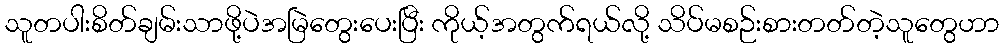
သူတပါးစိတ်ချမ်းသာဖို့ပဲအမြဲတွေးပေးပြီး ကိုယ့်အတွက်ရယ်လို့ သိပ်မစဉ်းစားတတ်တဲ့သူတွေဟာ